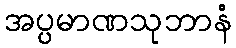
အပ္ပမာဏသုဘာနံ